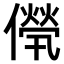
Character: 𠎽